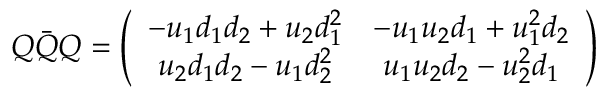
Q \bar { Q } Q = \left( \begin{array} { c c } { { - u _ { 1 } d _ { 1 } d _ { 2 } + u _ { 2 } d _ { 1 } ^ { 2 } } } & { { - u _ { 1 } u _ { 2 } d _ { 1 } + u _ { 1 } ^ { 2 } d _ { 2 } } } \\ { { u _ { 2 } d _ { 1 } d _ { 2 } - u _ { 1 } d _ { 2 } ^ { 2 } } } & { { u _ { 1 } u _ { 2 } d _ { 2 } - u _ { 2 } ^ { 2 } d _ { 1 } } } \end{array} \right)